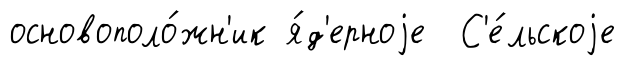
основополо́жн'ик я́д'ерноjе С'е́льскоjе